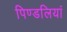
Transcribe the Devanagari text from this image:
पिण्डलियां